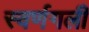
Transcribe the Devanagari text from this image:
स्वर्णगली